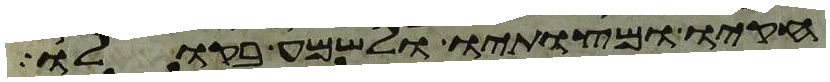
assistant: חקיו ומצותיו ולשמע בקולו